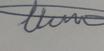
Signature authenticity: genuine